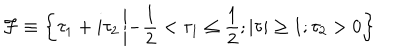
LaTeX: { \cal F } \equiv \left\{ \tau _ { 1 } + i \tau _ { 2 } \left| - \frac { 1 } { 2 } < \tau _ { 1 } \leq \frac { 1 } { 2 } ; \vert \tau \vert \geq 1 ; \tau _ { 2 } > 0 \right. \right\}